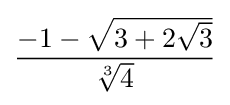
{\frac {-1-{\sqrt {3+2{\sqrt {3}}}}}{\sqrt[{3}]{4}}}